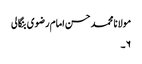
مولانا محمد حسن امام رضوی بنگالی
۶۔